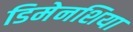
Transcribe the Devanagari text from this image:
डिमेनशिया